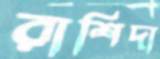
রাশিদা